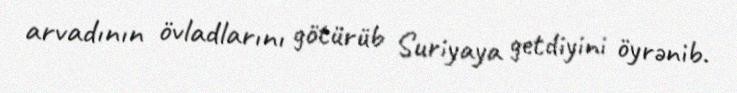
arvadının övladlarını götürüb Suriyaya getdiyini öyrənib.